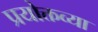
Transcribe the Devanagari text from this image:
प्रयोक्तव्या